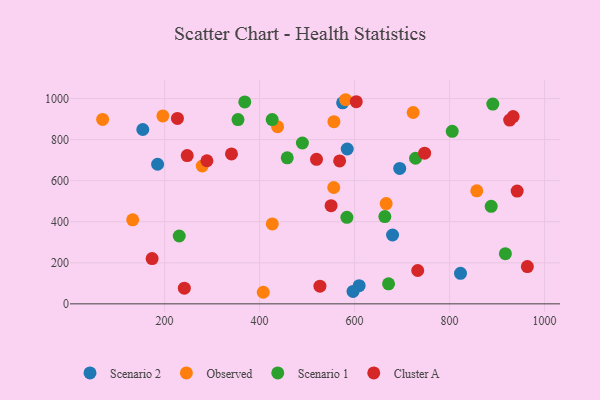
{"axis": {"x": "Price", "y": "Fuel Efficiency"}, "legend": ["Cluster A", "Observed", "Scenario 1", "Scenario 2"], "data": [{"x": "185.2", "y": 680.0, "type": "Scenario 2"}, {"x": "823.0", "y": 148.8, "type": "Scenario 2"}, {"x": "609.6", "y": 88.5, "type": "Scenario 2"}, {"x": "596.7", "y": 60.7, "type": "Scenario 2"}, {"x": "574.8", "y": 979.4, "type": "Scenario 2"}, {"x": "679.9", "y": 335.3, "type": "Scenario 2"}, {"x": "695.0", "y": 659.7, "type": "Scenario 2"}, {"x": "584.5", "y": 754.4, "type": "Scenario 2"}, {"x": "154.1", "y": 849.2, "type": "Scenario 2"}, {"x": "857.3", "y": 550.8, "type": "Observed"}, {"x": "581.1", "y": 994.3, "type": "Observed"}, {"x": "426.7", "y": 389.4, "type": "Observed"}, {"x": "666.5", "y": 488.3, "type": "Observed"}, {"x": "69.5", "y": 898.1, "type": "Observed"}, {"x": "556.1", "y": 566.7, "type": "Observed"}, {"x": "279.2", "y": 671.4, "type": "Observed"}, {"x": "437.8", "y": 863.1, "type": "Observed"}, {"x": "407.7", "y": 56.4, "type": "Observed"}, {"x": "132.8", "y": 409.5, "type": "Observed"}, {"x": "196.3", "y": 915.2, "type": "Observed"}, {"x": "723.3", "y": 932.0, "type": "Observed"}, {"x": "556.5", "y": 887.4, "type": "Observed"}, {"x": "368.8", "y": 983.4, "type": "Scenario 1"}, {"x": "583.8", "y": 421.7, "type": "Scenario 1"}, {"x": "458.2", "y": 711.4, "type": "Scenario 1"}, {"x": "490.1", "y": 783.5, "type": "Scenario 1"}, {"x": "663.7", "y": 424.9, "type": "Scenario 1"}, {"x": "728.4", "y": 709.2, "type": "Scenario 1"}, {"x": "354.5", "y": 897.7, "type": "Scenario 1"}, {"x": "917.5", "y": 244.3, "type": "Scenario 1"}, {"x": "887.6", "y": 475.0, "type": "Scenario 1"}, {"x": "671.5", "y": 97.4, "type": "Scenario 1"}, {"x": "891.0", "y": 973.0, "type": "Scenario 1"}, {"x": "426.5", "y": 897.7, "type": "Scenario 1"}, {"x": "230.8", "y": 330.4, "type": "Scenario 1"}, {"x": "805.6", "y": 840.3, "type": "Scenario 1"}, {"x": "289.1", "y": 697.1, "type": "Cluster A"}, {"x": "942.3", "y": 549.1, "type": "Cluster A"}, {"x": "247.6", "y": 722.5, "type": "Cluster A"}, {"x": "340.8", "y": 730.4, "type": "Cluster A"}, {"x": "550.5", "y": 478.2, "type": "Cluster A"}, {"x": "527.0", "y": 85.9, "type": "Cluster A"}, {"x": "926.5", "y": 895.4, "type": "Cluster A"}, {"x": "963.8", "y": 181.5, "type": "Cluster A"}, {"x": "173.7", "y": 220.5, "type": "Cluster A"}, {"x": "933.8", "y": 912.4, "type": "Cluster A"}, {"x": "747.5", "y": 734.1, "type": "Cluster A"}, {"x": "568.5", "y": 696.2, "type": "Cluster A"}, {"x": "227.0", "y": 903.1, "type": "Cluster A"}, {"x": "519.8", "y": 704.2, "type": "Cluster A"}, {"x": "603.5", "y": 985.0, "type": "Cluster A"}, {"x": "241.5", "y": 76.2, "type": "Cluster A"}, {"x": "732.9", "y": 162.4, "type": "Cluster A"}]}